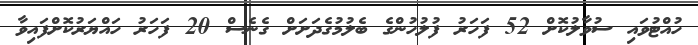
ހުއްޓުވައި ސުވާލުކޮށް 52 ފަހަރު ފުލުހުންގެ ބެލުމުގެދަށަށް ގެނެސް 20 ފަހަރު ހައްޔަރުކޮށްފައިވާ